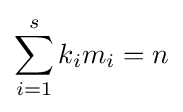
\sum \limits _{i=1}^{s}k_{i}m_{i}=n